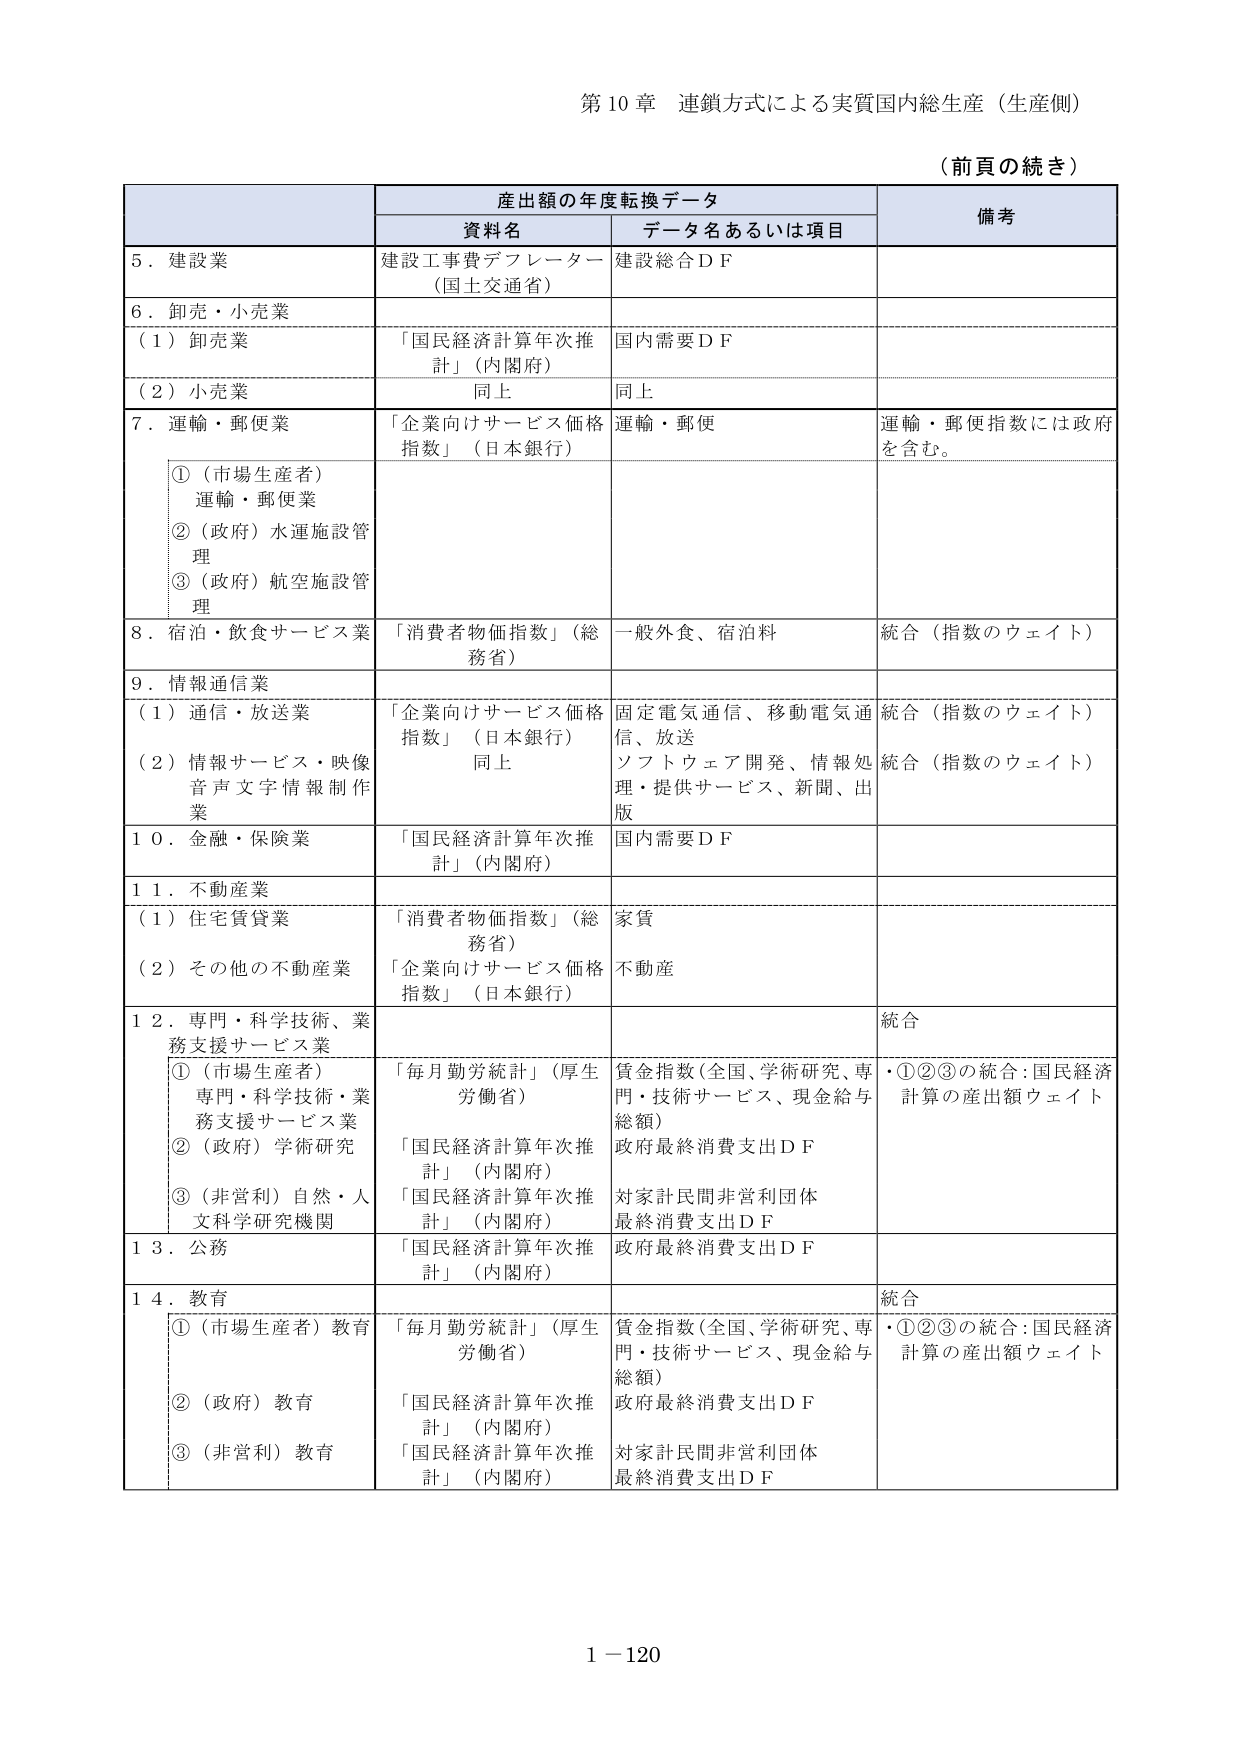
第10章 連鎖方式による実質国内総生産（生産側）

（前頁の続き）

産出額の年度転換データ

資料名 データ名あるいは項目 備考

5．建設業 建設工事費デフレーター（国土交通省） 建設総合ＤＦ

6．卸売・小売業

（1）卸売業 「国民経済計算年次推計」（内閣府） 国内需要ＤＦ

（2）小売業 同上 同上

7．運輸・郵便業 「企業向けサービス価格指数」（日本銀行） 運輸・郵便 運輸・郵便指数には政府を含む。

①（市場生産者）運輸・郵便業

②（政府）水運施設管理

③（政府）航空施設管理

8．宿泊・飲食サービス業 「消費者物価指数」（総務省） 一般外食、宿泊料 統合（指数のウェイト）

9．情報通信業

（1）通信・放送業 「企業向けサービス価格指数」（日本銀行） 固定電気通信、移動電気通信、放送 統合（指数のウェイト）

（2）情報サービス・映像音声文字情報制作業 同上 ソフトウェア開発、情報処理・提供サービス、新聞、出版 統合（指数のウェイト）

10．金融・保険業 「国民経済計算年次推計」（内閣府） 国内需要ＤＦ

11．不動産業

（1）住宅賃貸業 「消費者物価指数」（総務省） 家賃

（2）その他の不動産業 「企業向けサービス価格指数」（日本銀行） 不動産

12．専門・科学技術・業務支援サービス業 統合

①（市場生産者）専門・科学技術・業務支援サービス業 「毎月勤労統計」（厚生労働省） 賃金指数（全国、学術研究、専門・技術サービス、現金給与総額） ・①②③の統合：国民経済計算の産出額ウェイト

②（政府）学術研究 「国民経済計算年次推計」（内閣府） 政府最終消費支出ＤＦ

③（非営利）自然・人文科学研究機関 「国民経済計算年次推計」（内閣府） 対家計民間非営利団体最終消費支出ＤＦ

13．公務 「国民経済計算年次推計」（内閣府） 政府最終消費支出ＤＦ

14．教育 統合

①（市場生産者）教育 「毎月勤労統計」（厚生労働省） 賃金指数（全国、学術研究、専門・技術サービス、現金給与総額） ・①②③の統合：国民経済計算の産出額ウェイト

②（政府）教育 「国民経済計算年次推計」（内閣府） 政府最終消費支出ＤＦ

③（非営利）教育 「国民経済計算年次推計」（内閣府） 対家計民間非営利団体最終消費支出ＤＦ

1－120